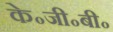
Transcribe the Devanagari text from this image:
के॰जी॰बी॰